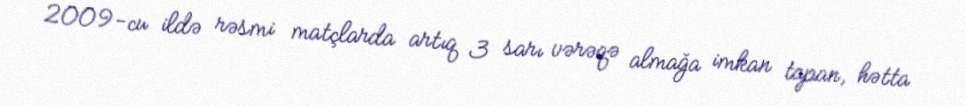
2009-cu ildə rəsmi matçlarda artıq 3 sarı vərəqə almağa imkan tapan, hətta